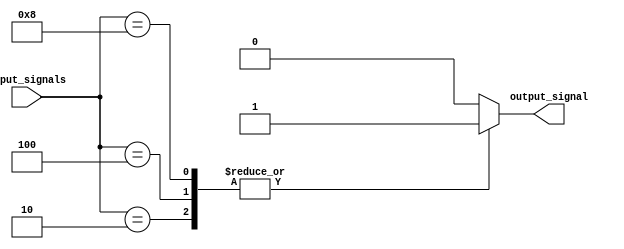
module Parallel_Arbiter (
    input wire [3:0] input_signals,
    output reg output_signal
);

always @ (*) begin
    case(input_signals)
        4'b0001: output_signal = 1'b0; // Priority criteria for selecting output signal
        4'b0010: output_signal = 1'b1;
        4'b0100: output_signal = 1'b1;
        4'b1000: output_signal = 1'b1;
        default: output_signal = 1'b0;
    endcase
end

endmodule